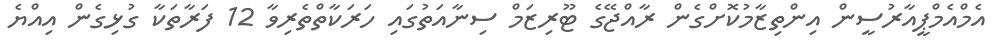
އެމްއެމްޕީއާރުސީން އިންތިޒާމުކޮށްގެން ރާއްޖޭގެ ޓޫރިޒަމް ސިނާއަތުގައި ހަރަކާތްތެރިވާ 12 ފަރާތަކާ ގުޅިގެން އިއްޔެ